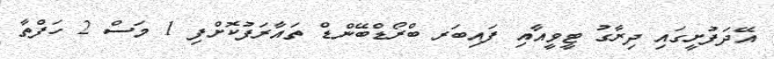
އޭދަފުށީގައި ދިރާގު ޓީވީއާއި ފައިބަރ ބްރޯޑްބޭންޑް ތައާރަފުކޮށްފި 1 މަސް 2 ހަފްތާ